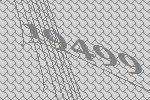
19499